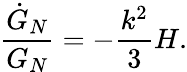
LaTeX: {\frac{\dot{G}_{N}}{G_{N}}}=-{\frac{k^{2}}{3}}H.